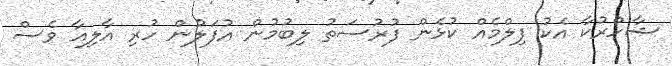
ޝާހްރުކާ އެކު ފިލްމެއް ކުޅެން ފުރުސަތު ލިބުމުން އުފަލުން ހުރި އާލިއާ ވެސް